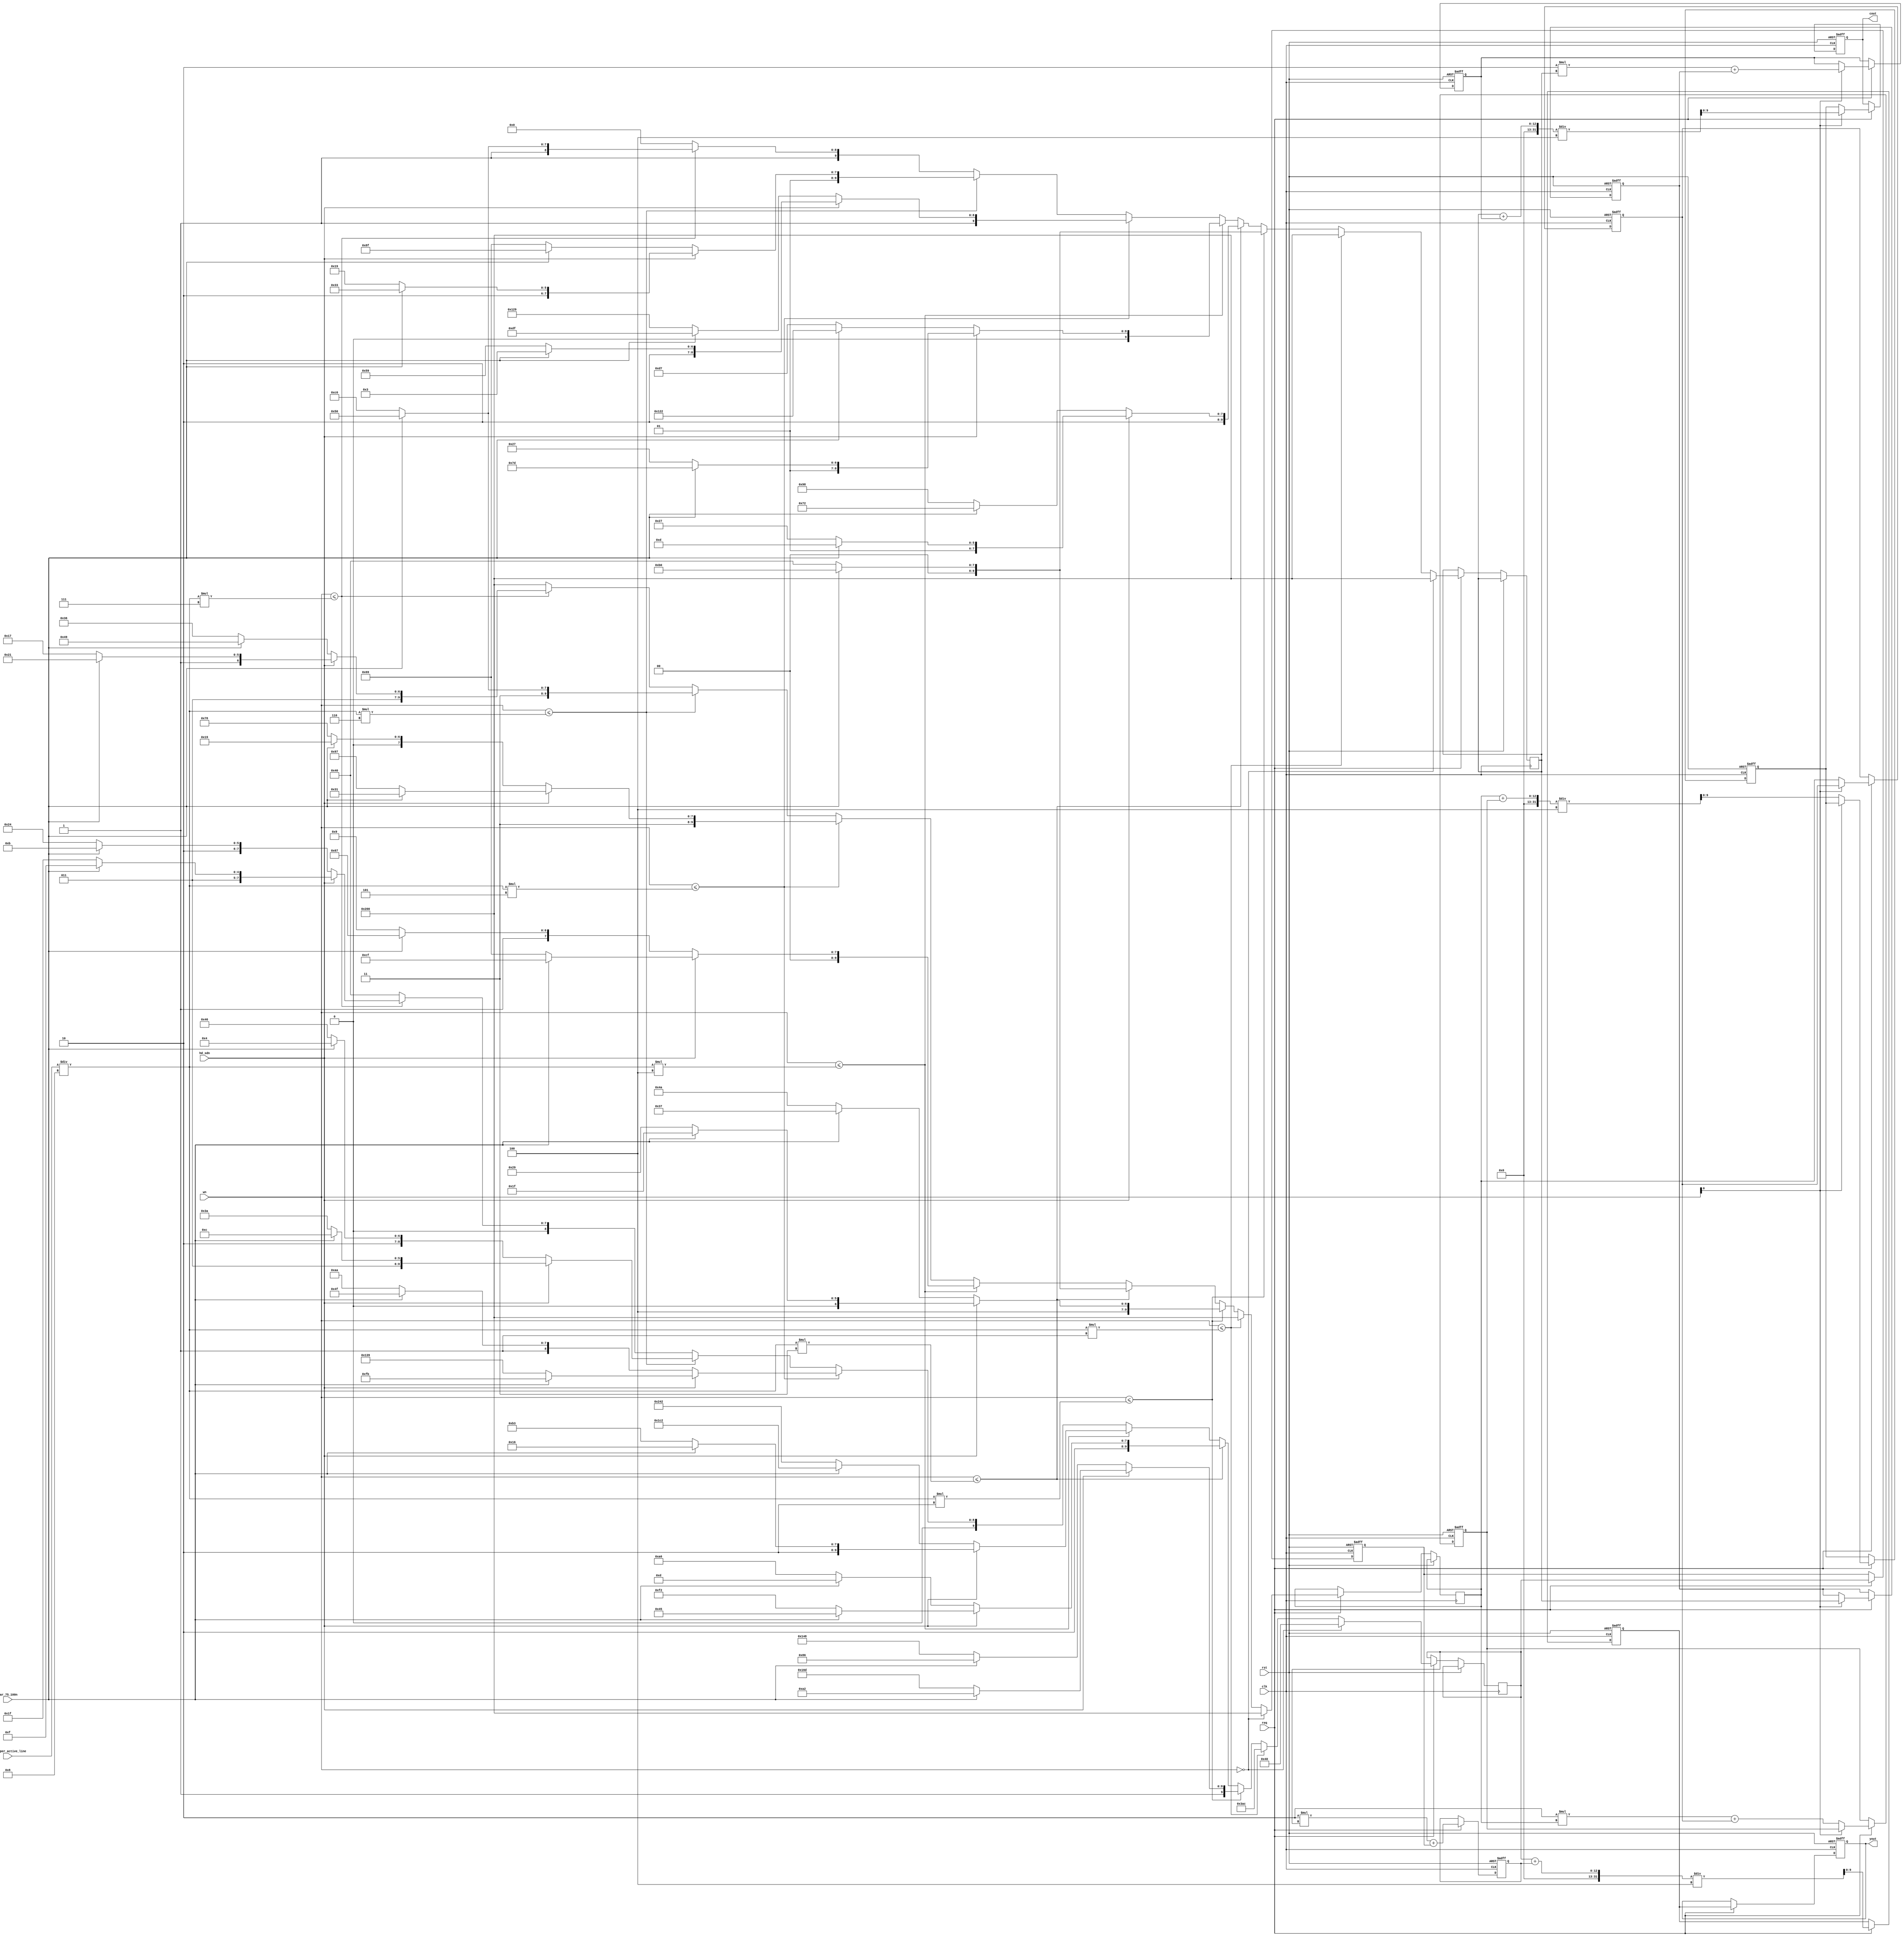
//--------------------------------------------------------------------------------------------------
// (c)2007 Altera Corporation. All rights reserved.
//
// Altera products are protected under numerous U.S. and foreign patents,
// maskwork rights, copyrights and other intellectual property laws.
//
// This reference design file, and your use thereof, is subject to and governed
// by the terms and conditions of the applicable Altera Reference Design License
// Agreement (either as signed by you or found at www.altera.com).  By using
// this reference design file, you indicate your acceptance of such terms and
// conditions between you and Altera Corporation.  In the event that you do not
// agree with such terms and conditions, you may not use the reference design
// file and please promptly destroy any copies you have made.
//
// This reference design file is being provided on an as-is basis and as an
// accommodation and therefore all warranties, representations or guarantees of
// any kind (whether express, implied or statutory) including, without
// limitation, warranties of merchantability, non-infringement, or fitness for
// a particular purpose, are specifically disclaimed.  By making this reference
// design file available, Altera expressly does not recommend, suggest or
// require that this reference design file be used in combination with any
// other product not provided by Altera.
//--------------------------------------------------------------------------------------------------
// Export tag    : $Name:  $
//--------------------------------------------------------------------------------------------------
//
// Colorbar pattern generator. This function is only intended for test purposes, and for simple
// demonstrations. It only applies basic shaping to the transitions between colors. It is also not
// an optimal implementation (ROM could be used to store the colorbar values to save area).
//
//--------------------------------------------------------------------------------------------------

module gen_colorbar_new (
  clk,
  rst,
  hd_sdn,
  bar_75_100n,
  req,
  wn,
  words_per_active_line,
  yout,
  cout
  );

input clk;
input rst;
input hd_sdn;
input bar_75_100n;
input req;
input [12:0] wn;
input [12:0] words_per_active_line;
output [9:0] yout;
output [9:0] cout;

//--------------------------------------------------------------------------------------------------
// Define colorbars - default values are 75% colorbar
//--------------------------------------------------------------------------------------------------
parameter NUMBER_OF_BARS = 8;

wire [9:0]  Y_COLOR0 = 940;      // 75% White
wire [9:0] CB_COLOR0 = 512;
wire [9:0] CR_COLOR0 = 512;

wire [9:0]  Y_COLOR1 = hd_sdn ? (bar_75_100n ? 674 : 877) : (bar_75_100n ? 646 : 840);      // Yellow
wire [9:0] CB_COLOR1 = hd_sdn ? (bar_75_100n ? 176 : 64)  : (bar_75_100n ? 176 : 64);
wire [9:0] CR_COLOR1 = hd_sdn ? (bar_75_100n ? 543 : 553) : (bar_75_100n ? 567 : 586);

wire [9:0]  Y_COLOR2 = hd_sdn ? (bar_75_100n ? 581 : 754) : (bar_75_100n ? 525 : 678);      // Cyan
wire [9:0] CB_COLOR2 = hd_sdn ? (bar_75_100n ? 589 : 615) : (bar_75_100n ? 626 : 664);
wire [9:0] CR_COLOR2 = hd_sdn ? (bar_75_100n ? 176 : 64)  : (bar_75_100n ? 176 : 64);

wire [9:0]  Y_COLOR3 = hd_sdn ? (bar_75_100n ? 534 : 691) : (bar_75_100n ? 450 : 578);      // Green
wire [9:0] CB_COLOR3 = hd_sdn ? (bar_75_100n ? 253 : 167) : (bar_75_100n ? 290 : 215);
wire [9:0] CR_COLOR3 = hd_sdn ? (bar_75_100n ? 207 : 105) : (bar_75_100n ? 231 : 137);

wire [9:0]  Y_COLOR4 = hd_sdn ? (bar_75_100n ? 251 : 313) : (bar_75_100n ? 335 : 426);      // Magenta
wire [9:0] CB_COLOR4 = hd_sdn ? (bar_75_100n ? 771 : 857) : (bar_75_100n ? 735 : 809);
wire [9:0] CR_COLOR4 = hd_sdn ? (bar_75_100n ? 817 : 919) : (bar_75_100n ? 793 : 888);

wire [9:0]  Y_COLOR5 = hd_sdn ? (bar_75_100n ? 204 : 250) : (bar_75_100n ? 260 : 326);      // Red
wire [9:0] CB_COLOR5 = hd_sdn ? (bar_75_100n ? 435 : 409) : (bar_75_100n ? 399 : 361);
wire [9:0] CR_COLOR5 = hd_sdn ? (bar_75_100n ? 848 : 960) : (bar_75_100n ? 848 : 960);

wire [9:0]  Y_COLOR6 = hd_sdn ? (bar_75_100n ? 111 : 127) : (bar_75_100n ? 139 : 164);      // Blue
wire [9:0] CB_COLOR6 = hd_sdn ? (bar_75_100n ? 848 : 960) : (bar_75_100n ? 848 : 960);
wire [9:0] CR_COLOR6 = hd_sdn ? (bar_75_100n ? 481 : 471) : (bar_75_100n ? 457 : 438);

wire [9:0]  Y_COLOR7 = 64;       // Black
wire [9:0] CB_COLOR7 = 512;
wire [9:0] CR_COLOR7 = 512;

parameter [9:0] Y_BLANKING_DATA = 10'h040;
parameter [9:0] C_BLANKING_DATA = 10'h200;


reg [9:0] y_bar;
reg [9:0] cr_bar;
reg [9:0] cout;
reg [9:0] yout;
reg [9:0] y_d1;
reg [9:0] cb_bar;   
reg [9:0] cb_d1;
reg [9:0] cr_d1;
reg [9:0] y_d2;
reg [9:0] cb_d2;
reg [9:0] cr_d2;

reg [11:0] y_sum2;

reg [9:0]  y_d1n; 

reg [11:0] cr_sum2;
reg [9:0]  cr_d1n;
reg [9:0]  cr_dly;
reg [9:0]  y_dly;   
 

reg [11:0] cb_sum2;
reg [9:0]  cb_d1n; 
  
   
   
always @ (posedge clk or posedge rst)
begin
  if (rst) begin
    /* 
    yout <= Y_BLANKING_DATA;
    cout <= C_BLANKING_DATA;
    y_d1  = Y_BLANKING_DATA;
    cb_d1 = C_BLANKING_DATA;
    cr_d1 = C_BLANKING_DATA;
    y_d2  = Y_BLANKING_DATA;
    cb_d2 = C_BLANKING_DATA;
    cr_d2 = C_BLANKING_DATA;
    
    y_sum2 = Y_BLANKING_DATA;
    y_d1n = Y_BLANKING_DATA;
     
    cb_sum2 = C_BLANKING_DATA;
    cb_d1n = C_BLANKING_DATA;

    cr_sum2 = C_BLANKING_DATA;
    cr_d1n = C_BLANKING_DATA;
*/
   
     
  end
  else if (req) begin

    if (wn==0) begin
      y_bar  = 10'd64;
      cb_bar = 10'd512;
      cr_bar = 10'd512;
      y_d1  = 10'd64;
      cb_d1 = 10'd512;
      cr_d1 = 10'd512;
      y_d2  = 10'd64;
      cb_d2 = 10'd512;
      cr_d2 = 10'd512;
  

       
    end
    else if (wn<=(words_per_active_line/NUMBER_OF_BARS)*1) begin
      y_bar  =  Y_COLOR0;
      cb_bar = CB_COLOR0;
      cr_bar = CR_COLOR0;
    end
    else if (wn<=(words_per_active_line/NUMBER_OF_BARS)*2) begin
      y_bar  =  Y_COLOR1;
      cb_bar = CB_COLOR1;
      cr_bar = CR_COLOR1;
    end
    else if (wn<=(words_per_active_line/NUMBER_OF_BARS)*3) begin
      y_bar  =  Y_COLOR2;
      cb_bar = CB_COLOR2;
      cr_bar = CR_COLOR2;
    end
    else if (wn<=(words_per_active_line/NUMBER_OF_BARS)*4) begin
      y_bar  =  Y_COLOR3;
      cb_bar = CB_COLOR3;
      cr_bar = CR_COLOR3;
    end
    else if (wn<=(words_per_active_line/NUMBER_OF_BARS)*5) begin
      y_bar  =  Y_COLOR4;
      cb_bar = CB_COLOR4;
      cr_bar = CR_COLOR4;
    end
    else if (wn<=(words_per_active_line/NUMBER_OF_BARS)*6) begin
      y_bar  =  Y_COLOR5;
      cb_bar = CB_COLOR5;
      cr_bar = CR_COLOR5;
    end
    else if (wn<=(words_per_active_line/NUMBER_OF_BARS)*7) begin
      y_bar  =  Y_COLOR6;
      cb_bar = CB_COLOR6;
      cr_bar = CR_COLOR6;
    end
    else begin
      y_bar  =  Y_COLOR7;
      cb_bar = CB_COLOR7;
      cr_bar = CR_COLOR7;
    end

     
    y_d2 = y_d1;
    y_d1 = y_bar;

   
  end
end


always @ (posedge clk or posedge rst)
begin
  if (rst) begin
  // rst statements
   yout <= Y_BLANKING_DATA;
    cout <= C_BLANKING_DATA;

    
    y_sum2 = Y_BLANKING_DATA;

    y_d1n = Y_BLANKING_DATA;
    y_dly = Y_BLANKING_DATA;     
     
    cb_sum2 = C_BLANKING_DATA;
    cb_d1n = C_BLANKING_DATA;

    cr_sum2 = C_BLANKING_DATA;
    cr_d1n = C_BLANKING_DATA;
    cr_dly = C_BLANKING_DATA;
 
     
   
  end
   
  else if (req) begin
 
    
     yout = y_dly;
     y_dly = (y_bar + y_sum2)/4;
     y_sum2 = (2*y_bar + y_d1n);      
     y_d1n = y_bar;

    if (wn[0]) begin
      
      cb_d2 = cb_d1;
      cb_d1 = cb_bar;

     cout = (cb_bar + cb_sum2)/4;
     cb_sum2 = (2*cb_bar + cb_d1n);      
     cb_d1n = cb_bar;
  
    end
    else begin

      cr_d2 = cr_d1;
      cr_d1 = cr_bar;
      cout = cr_dly;
      cr_dly = (cr_bar + cr_sum2)/4;
       

     cr_sum2 = (2*cr_bar + cr_d1n);      
     cr_d1n = cr_bar;


       
    end // else: !if(wn[0])
  end // if (req)
end // always @ (posedge clk or posedge rst)
   
   

   
endmodule